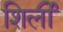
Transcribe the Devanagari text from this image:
शिर्ली